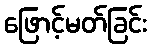
ဖြောင့်မတ်ခြင်း